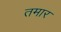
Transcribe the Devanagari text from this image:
तमार